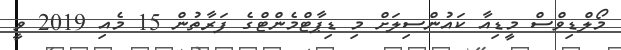
މޯލްޑިވްސް މީޑިއާ ކައުންސިލަށް މި ޑިޕާޓްމެންޓްގެ ފަރާތުން 15 މެއި 2019 ވީ